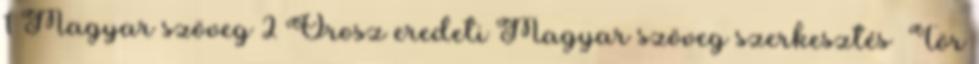
1 Magyar szöveg 2 Orosz eredeti Magyar szöveg szerkesztés Tör